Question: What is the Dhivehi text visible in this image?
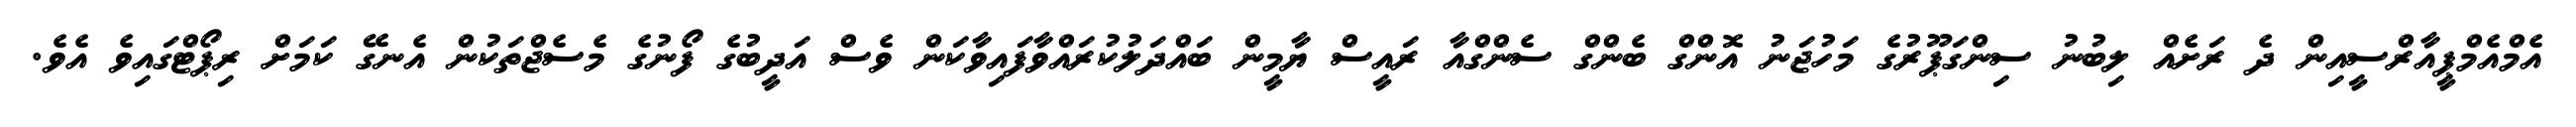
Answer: އެމްއެމްޕީއާރްސީއިން ދެ ރަށެއް ލިބުނު ސިންގަޕޫރުގެ މަހުޖަނު އޮންގް ބެންގް ސެންގްއާ ރައީސް ޔާމީން ބައްދަލުކުރައްވާފައިވާކަން ވެސް އަދީބުގެ ފޯނުގެ މެސެޖްތަކުން އެނގޭ ކަމަށް ރިޕޯޓްގައިވެ އެވެ.